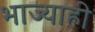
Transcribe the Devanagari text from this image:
भाज्याही